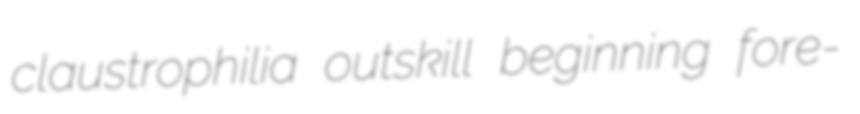
claustrophilia outskill beginning fore-